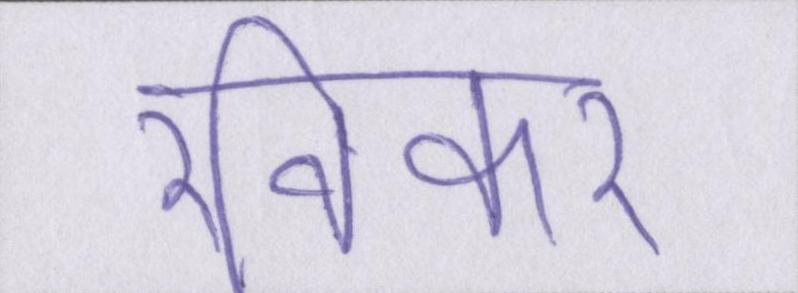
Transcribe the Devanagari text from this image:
रविकर